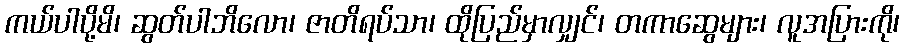
ကယ်ပါပို့မိ၊ ဆွတ်ပါဘိလော၊ ဇာတိရပ်သာ၊ ထိုပြည်မှာလျှင်၊ တကာဆွေများ၊ လူအပြားကို၊